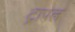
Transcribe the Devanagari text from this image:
ट्रापल